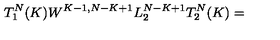
T _ { 1 } ^ { N } ( K ) W ^ { K - 1 , N - K + 1 } L _ { 2 } ^ { N - K + 1 } T _ { 2 } ^ { N } ( K ) =